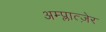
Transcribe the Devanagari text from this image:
अम्प्लात्ज़ेर